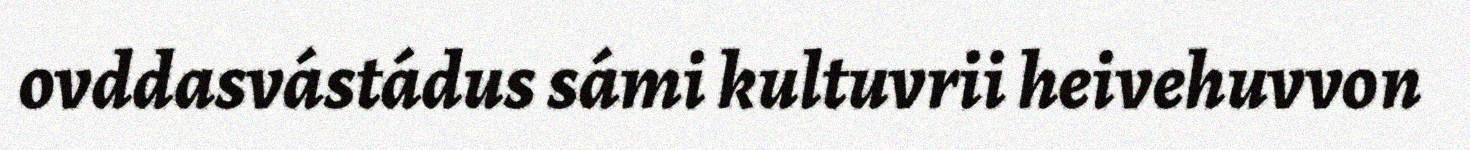
ovddasvástádus sámi kultuvrii heivehuvvon